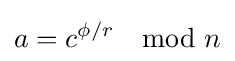
a=c^{\phi /r}\mod n